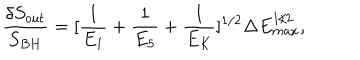
\frac { \delta S _ { o u t } } { S _ { B H } } = [ \frac { 1 } { E _ { 1 } } + \frac { 1 } { E _ { 5 } } + \frac { 1 } { E _ { K } } ] ^ { 1 / 2 } \Delta E _ { m a x } ^ { 1 / 2 } ,